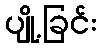
ပျို့ခြင်း